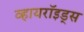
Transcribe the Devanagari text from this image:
व्हायरॉइड्स